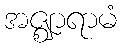
အဇ္ဈာရာမံ